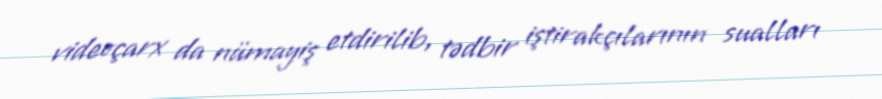
videoçarx da nümayiş etdirilib, tədbir iştirakçılarının sualları